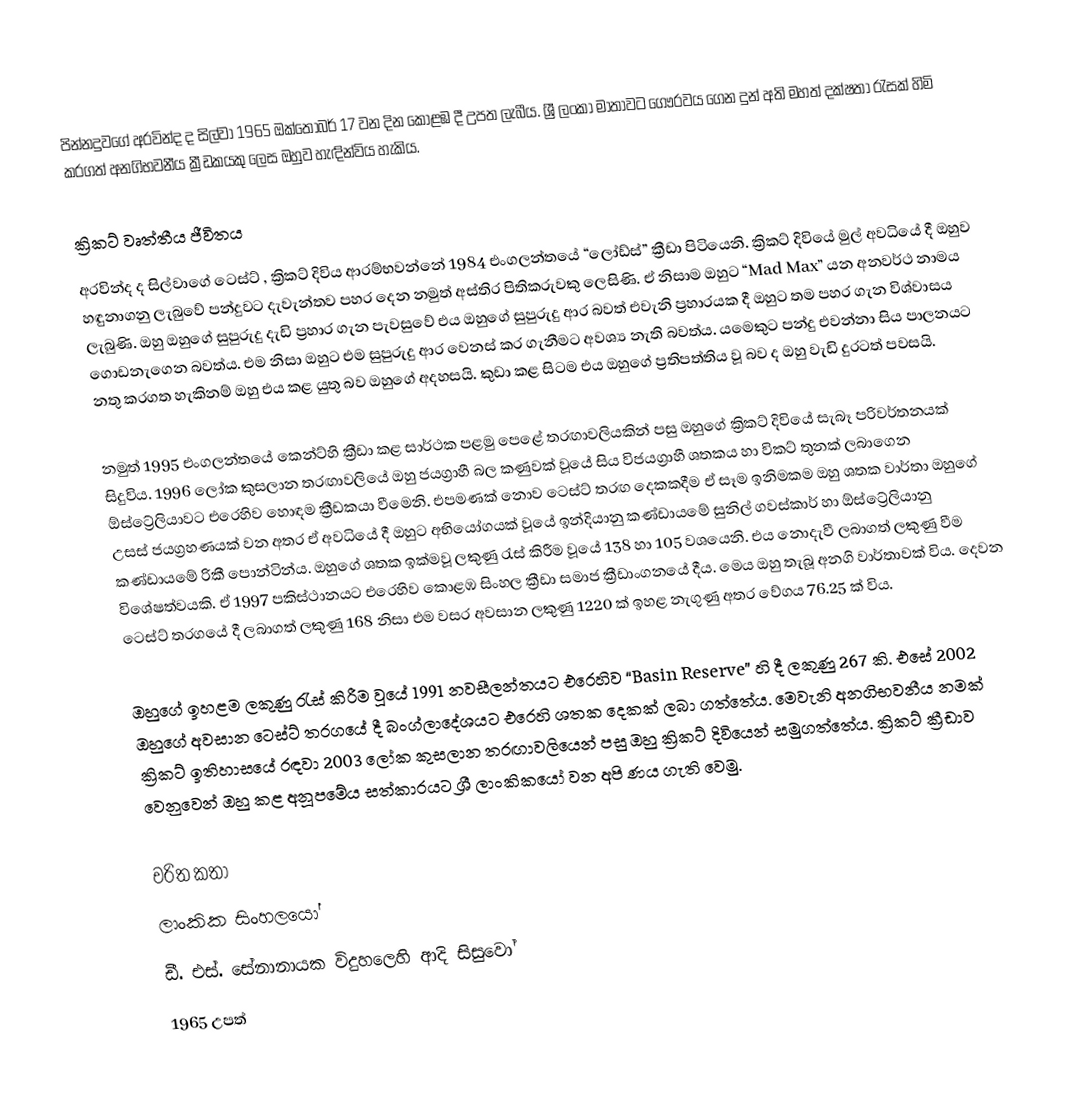
පින්නදුවගේ අරවින්ද ද සිල්වා 1965 ඔක්තෝබර් 17 වන දින කොළඹ දී උපත ලැබීය. ශ්‍රී ලංකා මාතාවට ගෞරවය ගෙන දුන් අති මහත් දක්ෂතා රැසක් හිමි කරගත් අනගිභවනීය ක්‍රීඩකයකු ලෙස ඔහුව හැඳින්විය හැකිය.

ක්‍රිකට් වෘත්තීය ජීවිතය
අරවින්ද ද සිල්වාගේ ටෙස්ට් , ක්‍රිකට් දිවිය ආරම්භවන්නේ 1984 එංගලන්තයේ “ලෝඩ්ස්” ක්‍රීඩා පිටියෙනි. ක්‍රිකට් දිවියේ මුල් අවධියේ දී ඔහුව හඳුනාගනු ලැබුවේ පන්දුවට දැවැන්තව පහර දෙන  නමුත් අස්තිර පිතිකරුවකු ලෙසිණි. ඒ නිසාම ඔහුට “Mad Max” යන අනවර්ථ නාමය ලැබුණි. ඔහු ඔහුගේ සුපුරුදු දැඩි ප්‍රහාර ගැන පැවසුවේ එය ඔහුගේ සුපුරුදු ආර බවත් එවැනි ප්‍රහාරයක දී ඔහුට තම පහර ගැන විශ්වාසය ගොඩනැගෙන බවත්ය. එම නිසා ඔහුට එම සුපුරුදු ආර වෙනස් කර ගැනීමට අවශ්‍ය නැති බවත්ය. යමෙකුට පන්දු එවන්නා සිය පාලනයට නතු කරගත හැකිනම් ඔහු එය කළ යුතු බව ඔහුගේ අදහසයි. කුඩා කළ සිටම එය ඔහුගේ ප්‍රතිපත්තිය වූ බව ද ඔහු වැඩි දුරටත් පවසයි.

නමුත් 1995 එංගලන්තයේ කෙන්ට්හි ක්‍රීඩා කළ සාර්ථක පළමු පෙළේ තරඟාවලියකින් පසු ඔහුගේ ක්‍රිකට් දිවියේ සැබෑ පරිවර්තනයක් සිදුවිය. 1996 ලෝක කුසලාන තරඟාවලියේ ඔහු ජයග්‍රාහී බල කණුවක් වූයේ සිය විජයග්‍රාහී ශතකය හා විකට් තුනක් ලබාගෙන ඕස්ට්‍රේලියා‍වට එරෙහිව හොඳම ක්‍රීඩකයා වීමෙනි. එපමණක් නොව ටෙස්ට් තරඟ දෙකකදීම ඒ සෑම ඉනිමකම ඔහු ශතක වාර්තා ඔහුගේ උසස් ජයග්‍රහණයක් වන අතර ඒ අවධියේ දී ඔහුට අභියෝගයක් වූයේ ඉන්දියානු කණ්ඩායමේ සුනිල් ගවස්කාර් හා ඕස්ට්‍රේලියානු කණ්ඩායමේ රිකී පොන්ටින්ය. ඔහුගේ ශතක ඉක්මවූ ලකුණු රැස් කිරීම වූයේ 138 හා 105 වශයෙනි. එය නොදැවී ලබාගත් ලකුණු වීම විශේෂත්වයකි. ඒ 1997 පකිස්ථානයට එරෙහිව කොළඹ සිංහල ක්‍රීඩා සමාජ ක්‍රීඩාංගනයේ දීය. මෙය ඔහු තැබූ අනගි වාර්තාවක් විය. දෙවන ටෙස්ට් තරගයේ දී ලබාගත් ලකුණු 168 නිසා එම වසර අවසාන ලකුණු 1220 ක් ඉහළ නැගුණු අතර වේගය 76.25 ක් විය.

ඔහුගේ ඉහළම ලකුණු රැස් කිරීම වූයේ 1991 නවසීලන්තයට එරෙහිව “Basin Reserve” හි දී ලකුණු 267 කි. එසේ 2002 ඔහුගේ අවසාන ටෙස්ට් තරගයේ දී බංග්ලාදේශයට එරෙහි ශතක දෙකක් ලබා ගත්තේය. මෙවැනි අනගිභවනීය නමක් ක්‍රිකට් ඉතිහාසයේ රඳවා 2003 ලෝක කුසලාන තරඟාවලියෙන් පසු ඔහු ක්‍රිකට් දිවියෙන් සමුගත්තේය. ක්‍රිකට් ක්‍රීඩාව වෙනුවෙන් ඔහු කළ අනූපමේය සත්කාරයට ශ්‍රී ලාංකිකයෝ වන අපි ණය ගැති‍ වෙමු.

චරිත කතා
ලාංකික සිංහලයෝ
ඩී. එස්. සේනානායක විදුහලෙහි ආදි සිසුවෝ
1965 උපත්